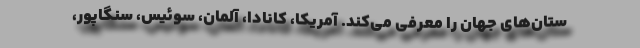
ستان‌های جهان را معرفی می‌کند. آمریکا، کانادا، آلمان، سوئیس، سنگاپور،